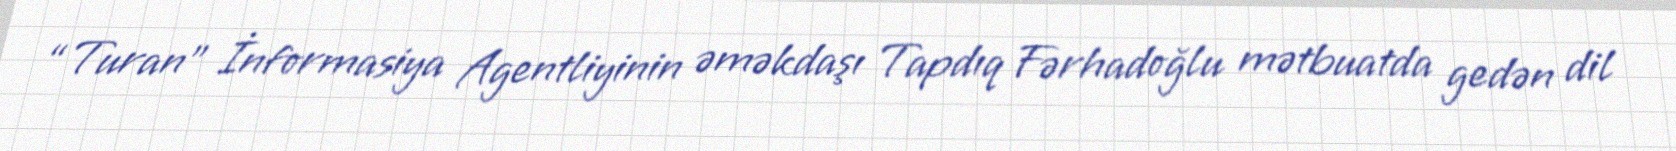
“Turan” İnformasiya Agentliyinin əməkdaşı Tapdıq Fərhadoğlu mətbuatda gedən dil